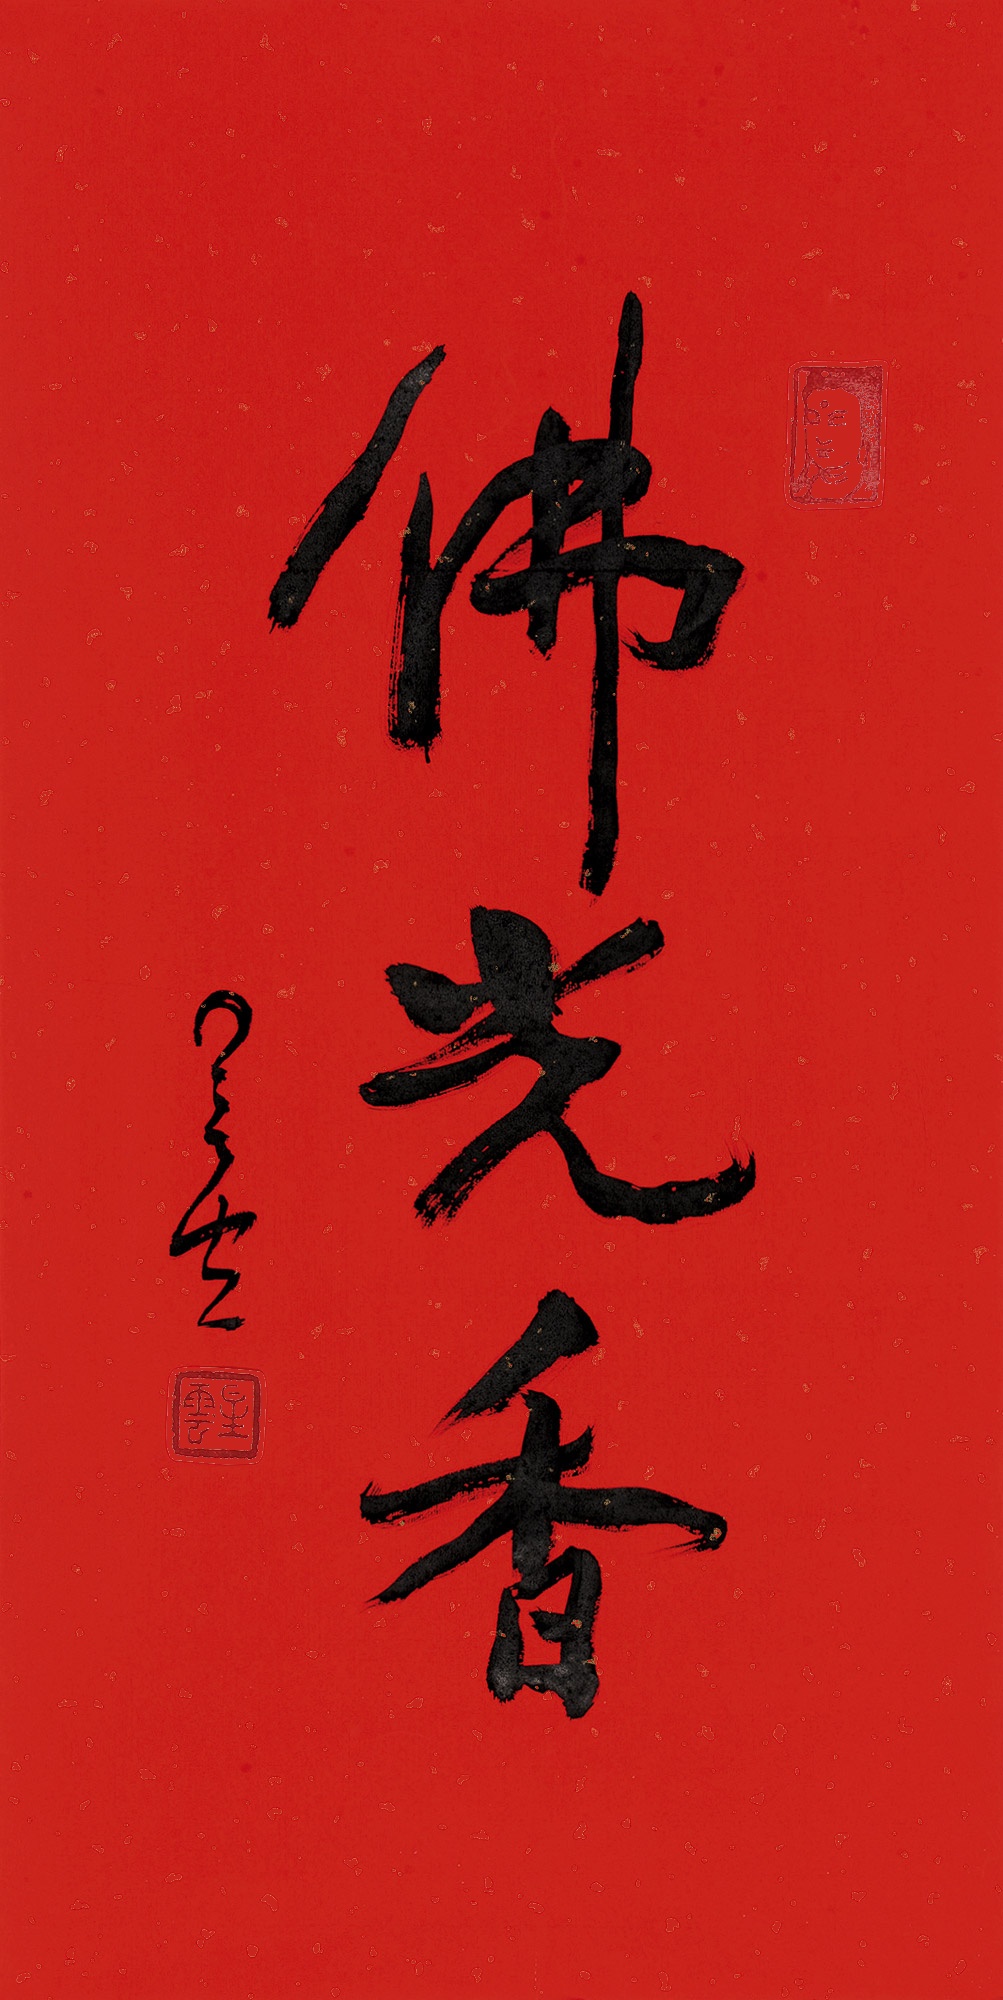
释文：佛光香星云